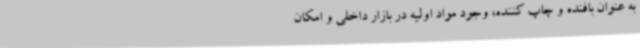
به عنوان بافنده و چاپ کننده، وجود مواد اولیه در بازار داخلی و امکان